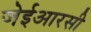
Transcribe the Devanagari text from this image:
जेईआरसी